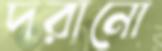
দরানো